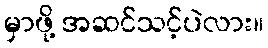
မှာဖို့ အဆင်သင့်ပဲလား။